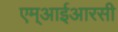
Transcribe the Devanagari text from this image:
एम्आईआरसी